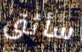
سأثق